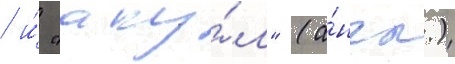
/ и́ "аку́л" (а́нгл.)